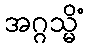
အဂ္ဂသ္မိံ